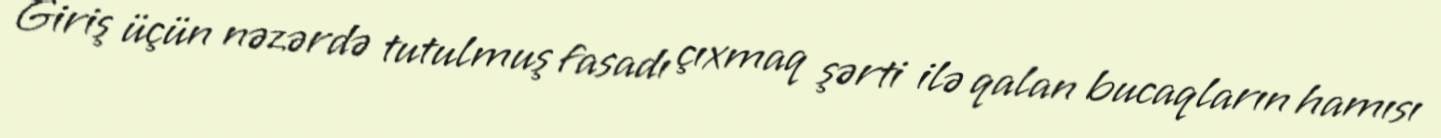
Giriş üçün nəzərdə tutulmuş fasadı çıxmaq şərti ilə qalan bucaqların hamısı